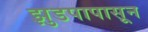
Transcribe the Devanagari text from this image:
झुडपापासून